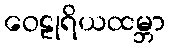
ဝေဠုရိယထမ္ဘာ